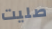
صليت